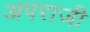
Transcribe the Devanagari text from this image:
अपराजी